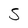
Character: 5